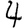
Digit: 4